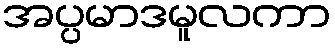
အပ္ပမာဒမူလကာ